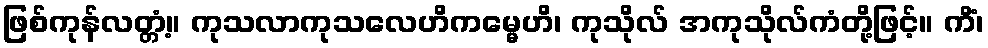
ဖြစ်ကုန်လတ္တံ့။ ကုသလာကုသလေဟိကမ္မေဟိ၊ ကုသိုလ် အကုသိုလ်ကံတို့ဖြင့်။ ကိံ၊